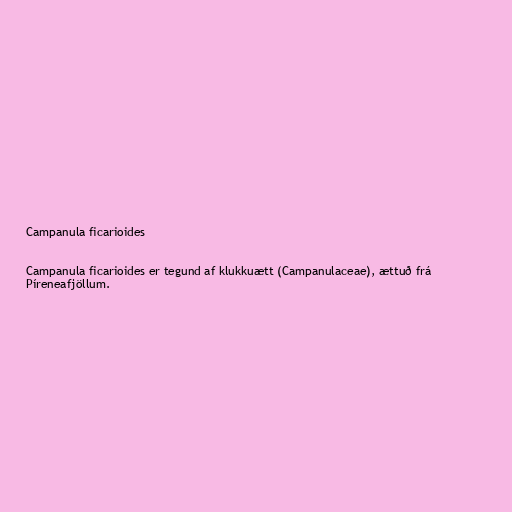
Campanula ficarioides

Campanula ficarioides er tegund af klukkuætt (Campanulaceae), ættuð frá
Píreneafjöllum.